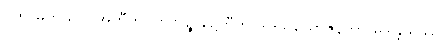
ပိတာမဟယုဂါ အတီတဂ္ဂဟဏဉ္စ ဍေတီတိ ဒွါဒသယောဇနိကာ မုဒိန္ဒြိယဿ